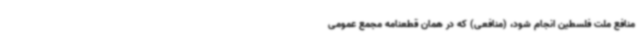
منافع ملت فلسطین انجام شود، (منافعی) که در همان قطعنامه مجمع عمومی